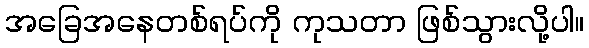
အခြေအနေတစ်ရပ်ကို ကုသတာ ဖြစ်သွားလို့ပါ။